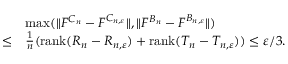
\begin{array} { r l } & { \operatorname* { m a x } ( \| F ^ { C _ { n } } - F ^ { C _ { n , \varepsilon } } \| , \| F ^ { B _ { n } } - F ^ { B _ { n , \varepsilon } } \| ) } \\ { \le } & { \frac 1 n ( { \mathrm { r a n k } } ( R _ { n } - R _ { n , \varepsilon } ) + { \mathrm { r a n k } } ( T _ { n } - T _ { n , \varepsilon } ) ) \le \varepsilon / 3 . } \end{array}